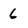
Character: 6